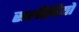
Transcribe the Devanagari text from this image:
सलीबियों